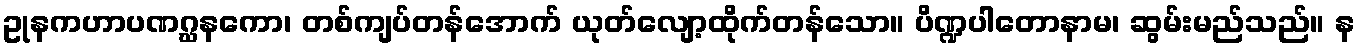
ဥုနကဟာပဏဂ္ဃနကော၊ တစ်ကျပ်တန်အောက် ယုတ်လျော့ထိုက်တန်သော။ ပိဏ္ဍပါတောနာမ၊ ဆွမ်းမည်သည်။ န